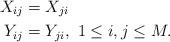
LaTeX: \begin{align*}X_{ij} &= X_{ji} \\Y_{ij} &= Y_{ji},\ 1 \leq i,j\leq M. \end{align*}